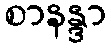
စာနန္ဒာ